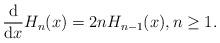
LaTeX: \begin{align*}\frac{\rm d}{{\rm d}x}H_n(x)=2nH_{n-1}(x),n\geq1.\end{align*}